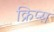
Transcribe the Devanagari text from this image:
क्रिप्‍स